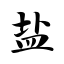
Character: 盐